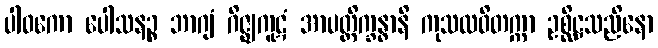
ပါဝကော ပေါသနဉ္စ ဘာဂျံ ဂိဇ္ဈကူဋံ အာပတ္တိက္ခန္ဓာနိ ကုသလဝိတက္ကာ ဥစ္ဆိဋ္ဌသညိနော